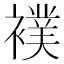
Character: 襆